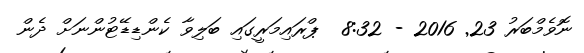
ނޮވެމްބަރު 23